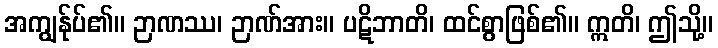
အကျွန်ုပ်၏။ ဉာဏဿ၊ ဉာဏ်အား။ ပဋိဘာတိ၊ ထင်စွာဖြစ်၏။ ဣတိ၊ ဤသို့။